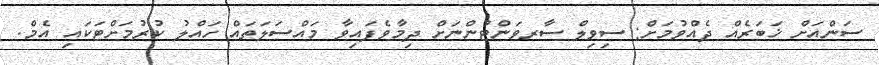
ސަންއަށް ޚަބަރެއް ދެއްވުމަށް: ސިވިލް ސާރވަންޓުންނަށް ދިމާވެފައިވާ މައްސަލަތައް ހައްލު ކުރުމަށްޓަކައި އެމް.